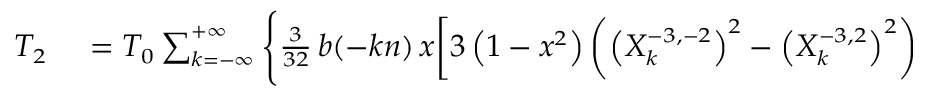
\small \begin{array} { r l } { T _ { 2 } } & { { } = { \cal T } _ { 0 } \sum _ { k = - \infty } ^ { + \infty } \Bigg \{ \frac { 3 } { 3 2 } \, b ( - k n ) \, x \bigg [ 3 \left( 1 - x ^ { 2 } \right) \left( \left( X _ { k } ^ { - 3 , - 2 } \right) ^ { 2 } - \left( X _ { k } ^ { - 3 , 2 } \right) ^ { 2 } \right) } \end{array}